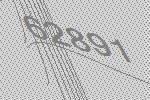
62891